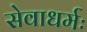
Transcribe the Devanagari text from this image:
सेवाधर्मः